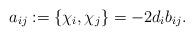
LaTeX: \begin{align*}a_{ij}:=\{\chi_i,\chi_j\}=-2d_i b_{ij}.\end{align*}